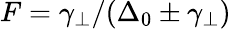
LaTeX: F=\gamma_{\perp}/(\Delta_{0}\pm\gamma_{\perp})